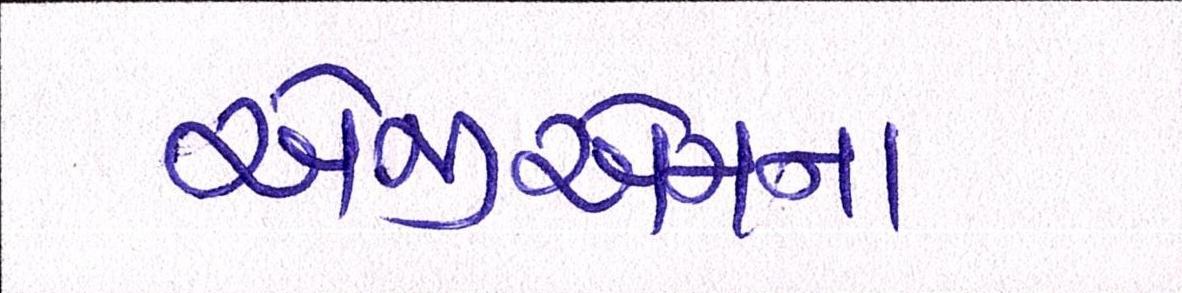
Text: એજીએમમાં